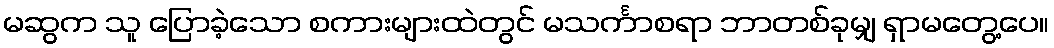
မဆွက သူ ပြောခဲ့သော စကားများထဲတွင် မသင်္ကာစရာ ဘာတစ်ခုမျှ ရှာမတွေ့ပေ။